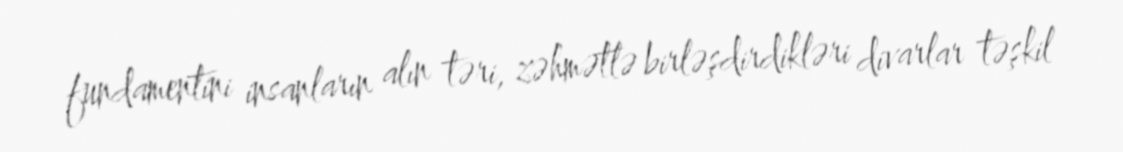
fundamentini insanların alın təri, zəhmətlə birləşdirdikləri divarlar təşkil